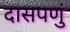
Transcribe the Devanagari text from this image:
दासपणुं